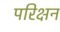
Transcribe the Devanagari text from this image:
परिक्षन